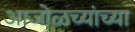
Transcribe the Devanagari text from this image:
आजोळच्यांच्या